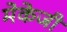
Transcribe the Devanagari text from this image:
मेकेजी